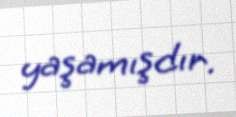
yaşamışdır.